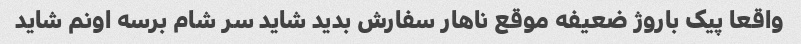
واقعا پیک باروژ ضعیفه موقع ناهار سفارش بدید شاید سر شام برسه اونم شاید